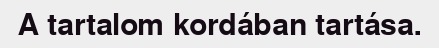
A tartalom kordában tartása.